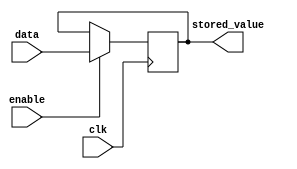
module transparent_latch (
    input wire clk,
    input wire enable,
    input wire data,
    output reg stored_value
);

always @(posedge clk) begin
    if (enable) begin
        stored_value <= data;
    end
end

endmodule